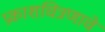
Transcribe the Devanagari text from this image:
प्रकाशचित्रणाचे